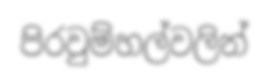
පිරවුම්හල්වලින්